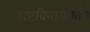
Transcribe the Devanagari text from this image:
अष्टविनायकांत